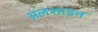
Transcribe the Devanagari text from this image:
अलशाइन